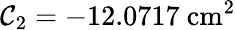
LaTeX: \mathcal{C}_{2}=-12.0717\ \mathrm{{cm}}^{2}